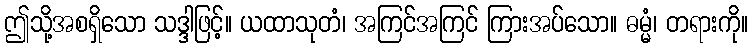
ဤသို့အစရှိသော သဒ္ဒါဖြင့်။ ယထာသုတံ၊ အကြင်အကြင် ကြားအပ်သော။ ဓမ္မံ၊ တရားကို။